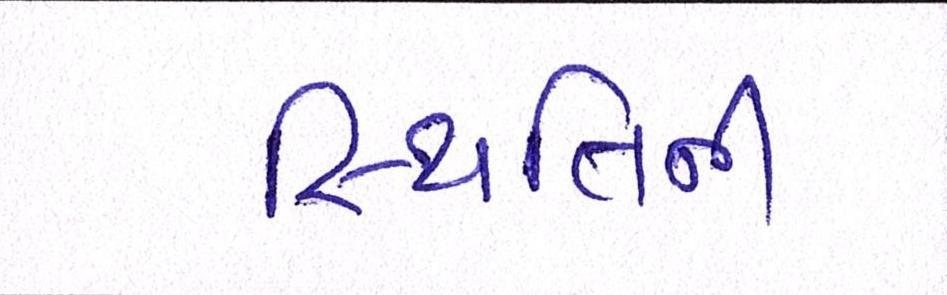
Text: સ્થિતિની